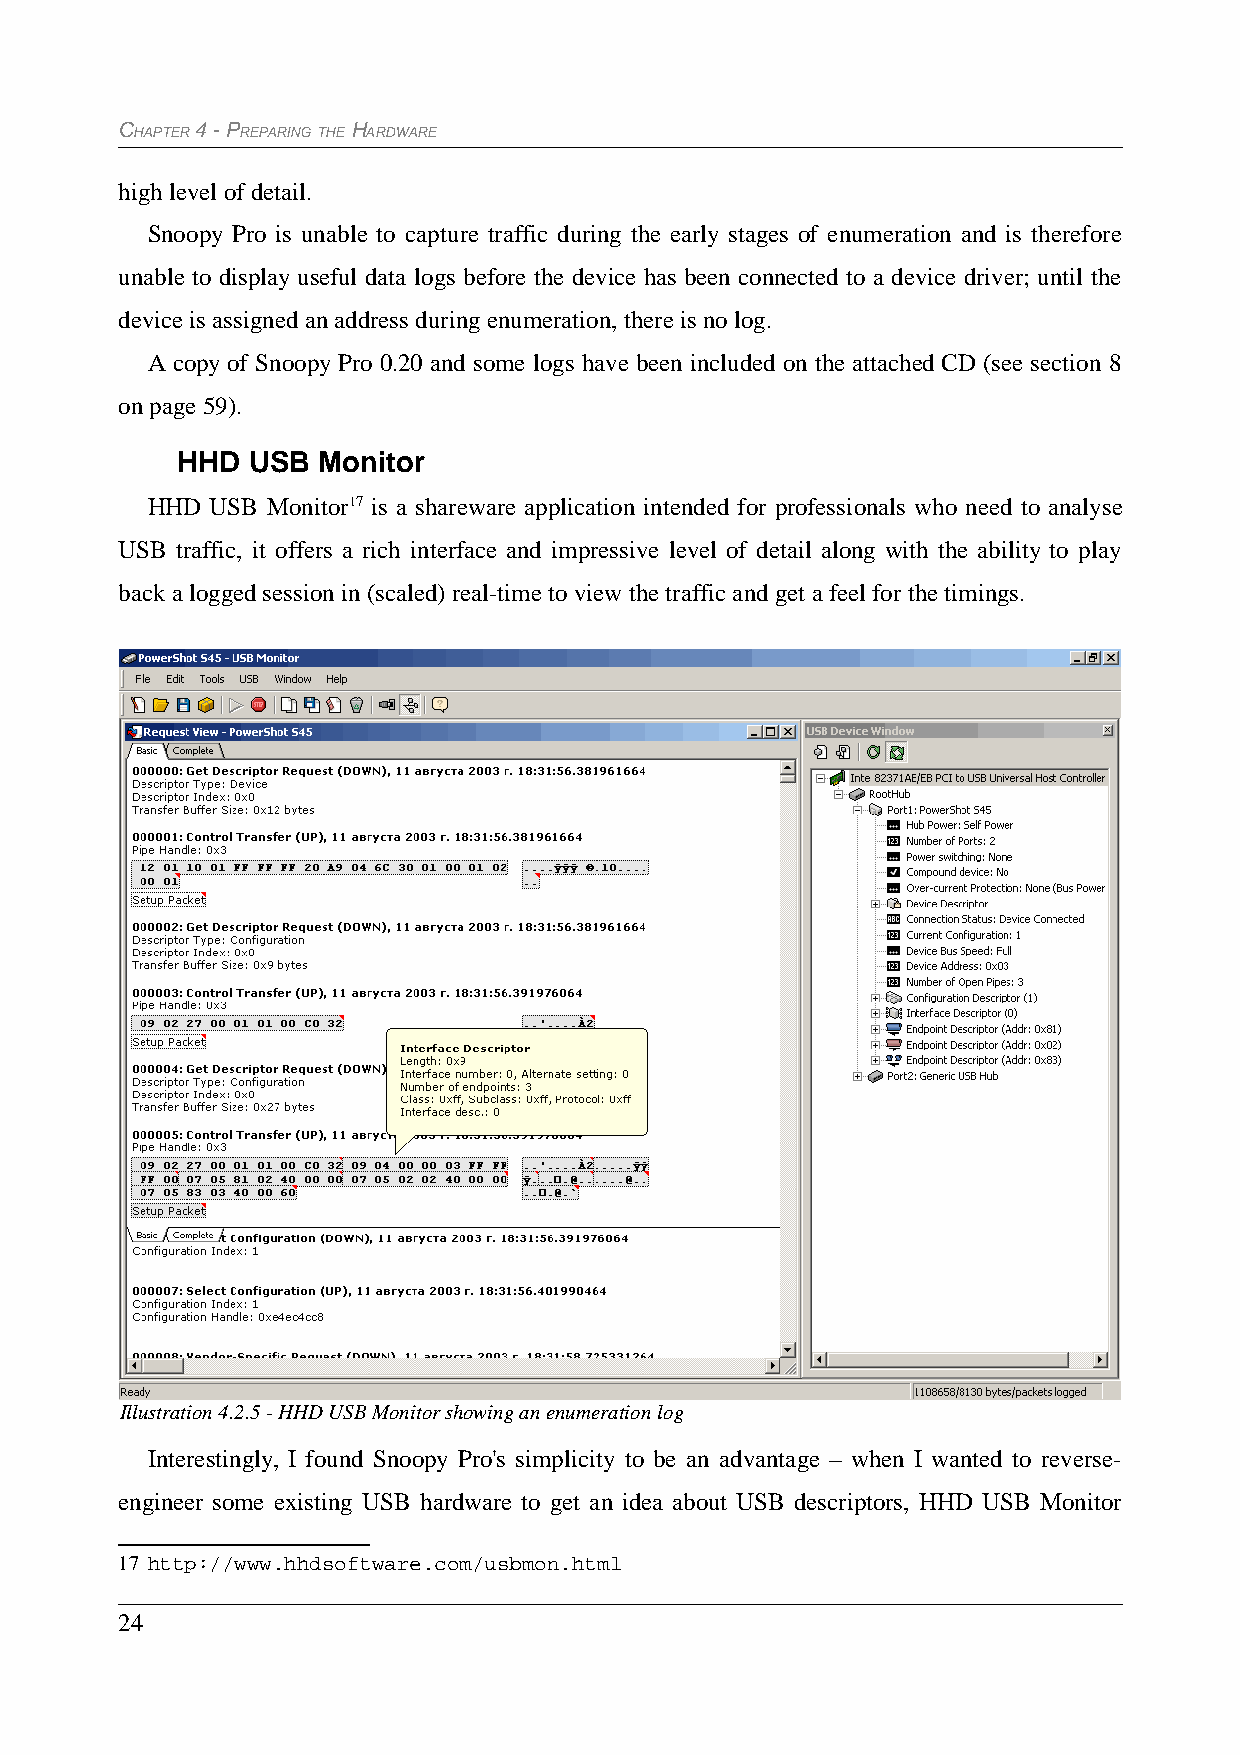
CHAPTER 4 - PREPARING THE HARDWARE
 high level of detail.
 Snoopy Pro is unable to capture traffic during the early stages of enumeration and is therefore
 unable to display useful data logs before the device has been connected to a device driver; until the
 device is assigned an address during enumeration, there is no log.
 A copy of Snoopy Pro 0.20 and some logs have been included on the attached CD (see section 8
 on page 59).
 HHD USB  Monitor
 HHD USB Monitor17 is a shareware application intended for professionals who need to analyse
 USB traffic, it offers a rich interface and impressive level of detail along with the ability to play
 back a logged session in (scaled) real-time to view the traffic and get a feel for the timings.
 Illustration 4.2.5 - HHD USB Monitor showing an enumeration log
 Interestingly, I found Snoopy Pro's simplicity to be an advantage – when I wanted to reverse-
 engineer some existing USB hardware to get an idea about USB descriptors, HHD USB Monitor
 17 http://www.hhdsoftware.com/usbmon.html
 24